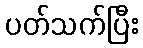
ပတ်သက်ပြီး